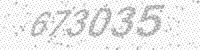
Solution: 673035